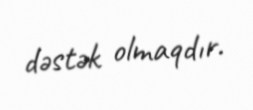
dəstək olmaqdır.